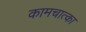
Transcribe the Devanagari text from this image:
कामचात्का